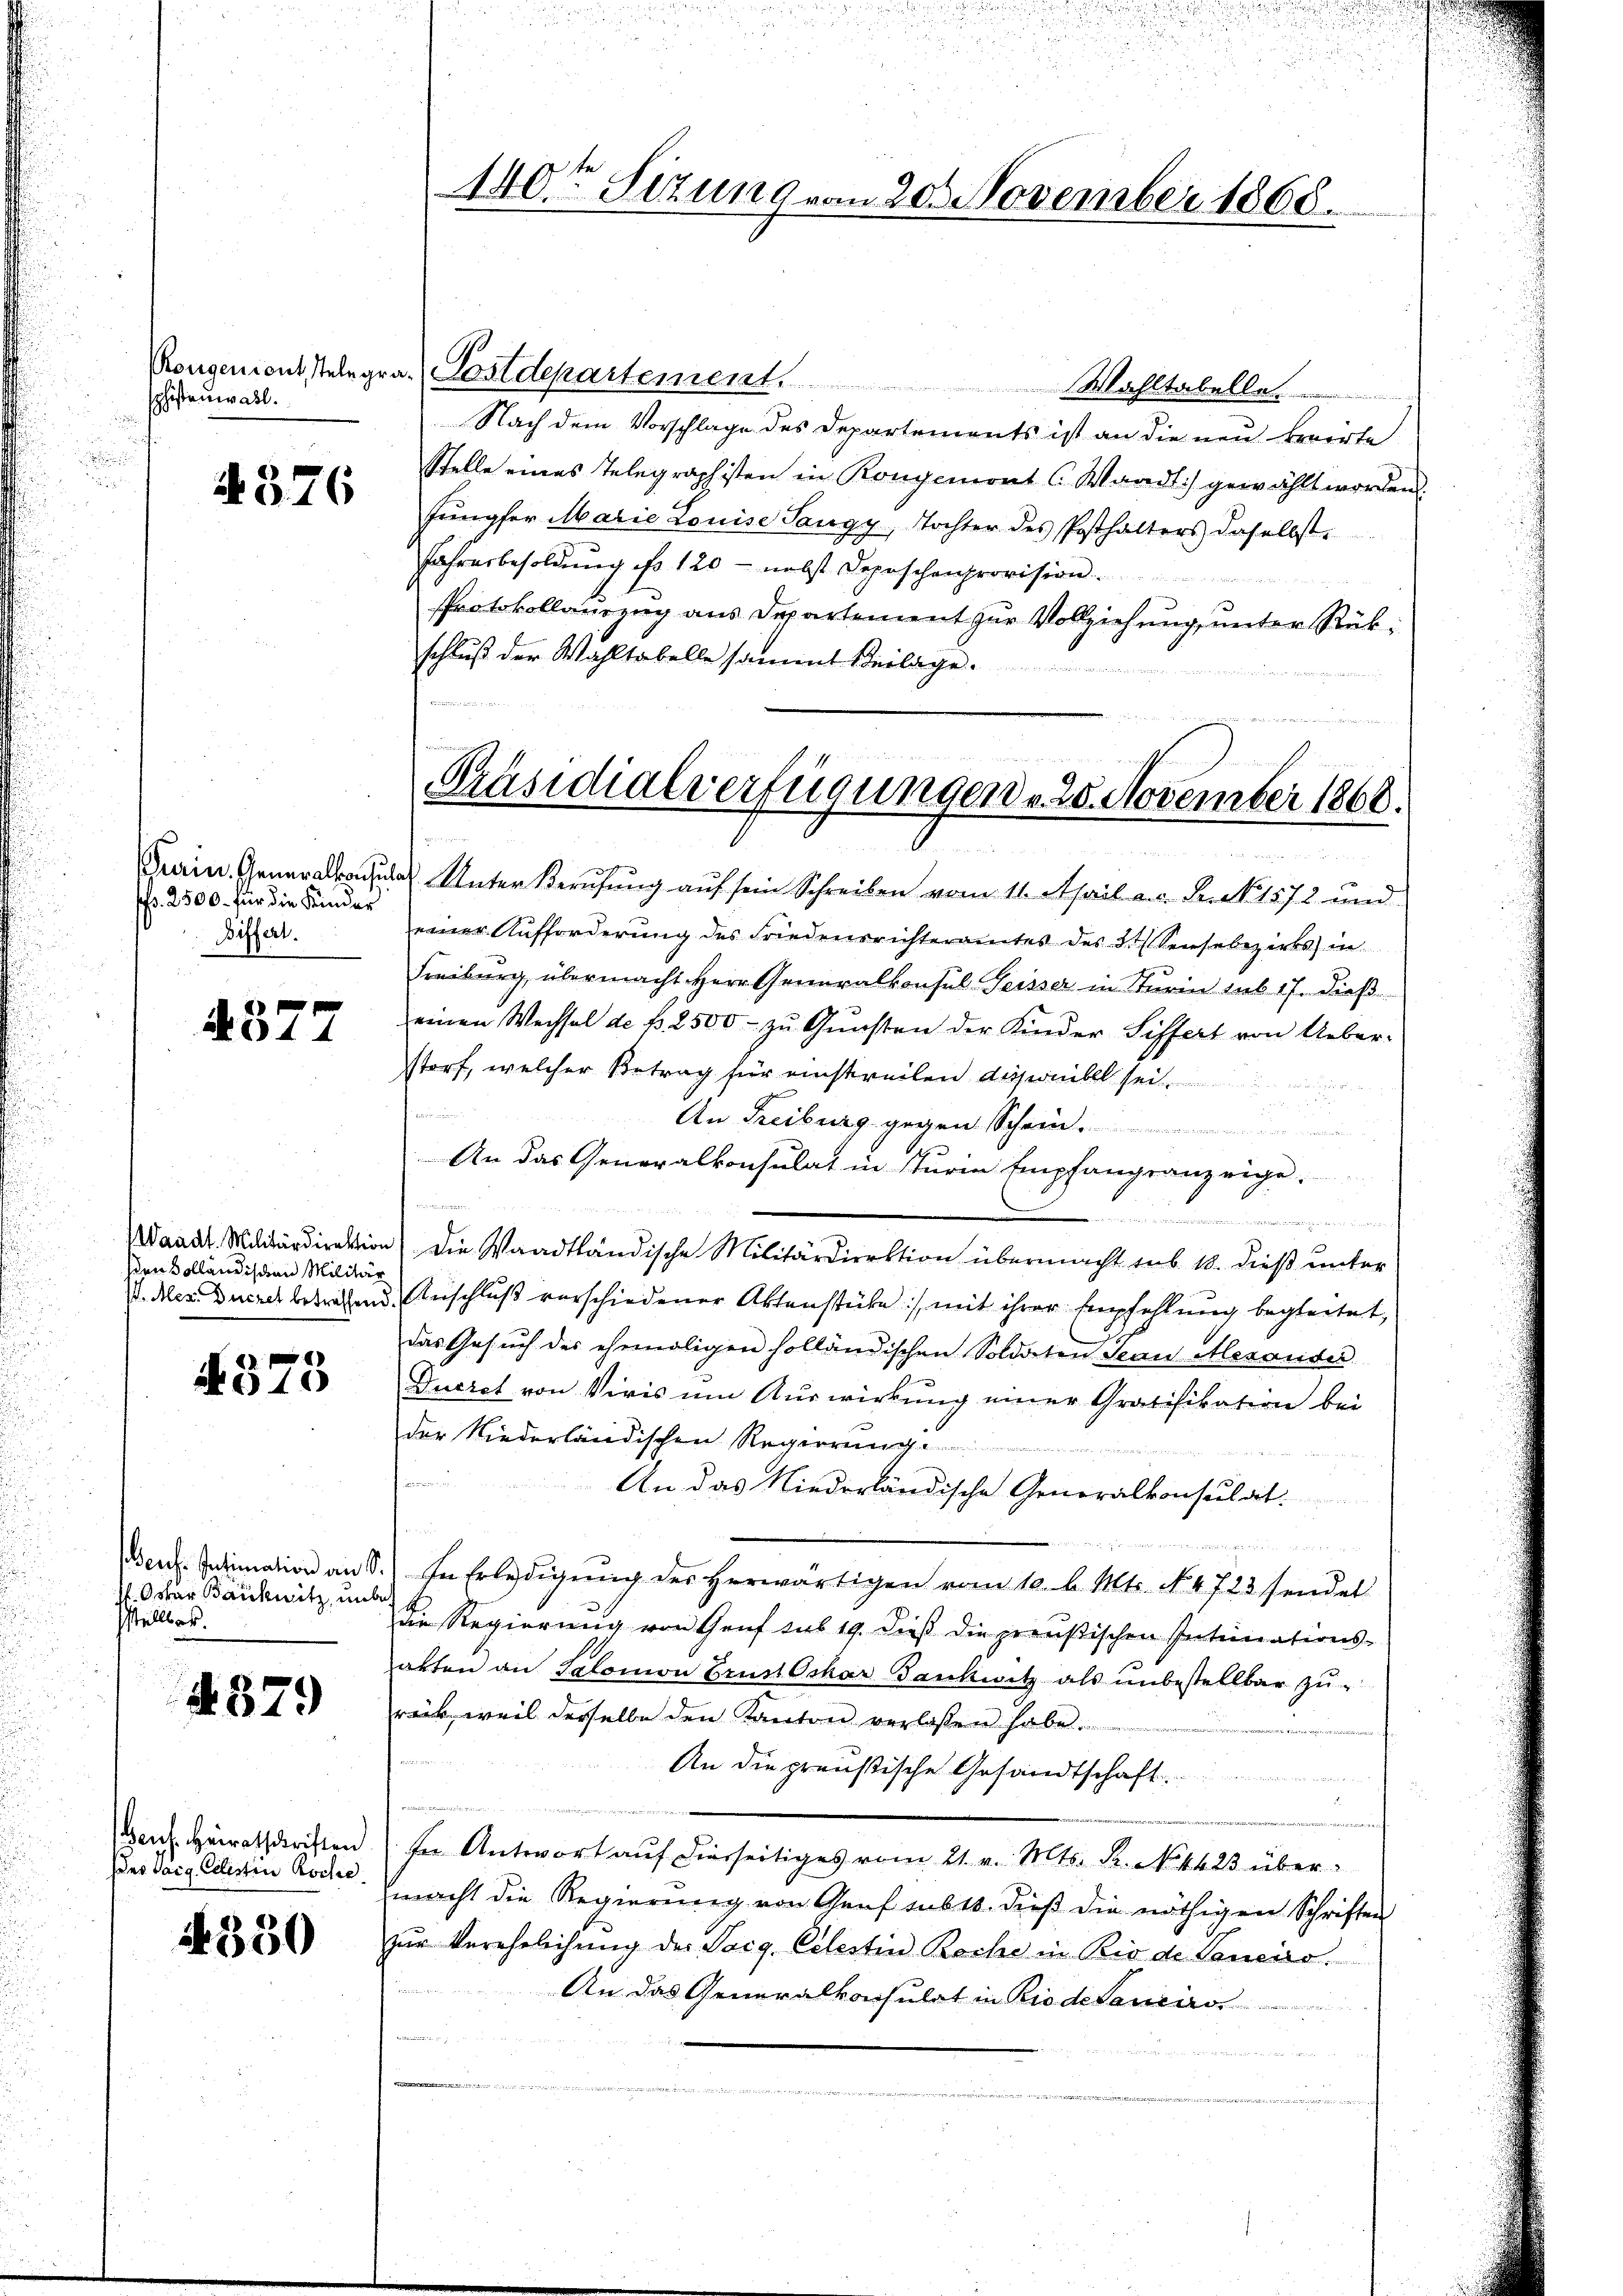
sphistenwall.

4376

Pfr. 2500. für die Kinder
Biffert.

4377

hen Kolländischen Militär

§375

f. Oskar Bauknitz, unbesstellbar.

4379

ens. Heiratschriften
Des Haig Celestin Roche

A 350

140te Sizung von 20. November 1868.

Rongenientstelegra Postdepartement. Wahltabella
Nach dem Vorschlage des Departements ist an die neu berirte
Stelle eines Telegraphisten in Rongemont C. Waadt) gewählt worden.
Jŭngfer Marie Louise Tangy, Tochter des Posthalters daselbst.
Jahresbesoldung so 120 - nebst Deposchenprovision
Protokollauszug aus Departement zur Vollziehung unter Rükschluß der Wahltabelle sammt Beilage.

Präsidialverfügungen u. 25. November 1868.
e

Grain Unter Berufung auf sein Schreiben vom 11. April a. c. S. 1572 und
einer Aufforderung des Friedensrichteramtes des 5. Sensebezirks in
Freiburg, übermacht Herr Generalkonsul Seisser in Turin sub 17. dieß
einen Wechsel de f. 2500 zŭ Gŭnsten der Kinder Siffert von Ueber-
storf, welcher Betrag für einstweilen dieserbel sei.
25 zu ze
An Freiburg gegen Schein
An das Generalkonsulat in Sturie Empfangsanzeige.
Waadt. Militärdirektion) die Waadtländische Militärdirektion übermacht sub. 10. dieß unter
V. Mers. Durch betreffend Anschluß verschiedener Aktenstüke :/ mit ihrer Empfehlung begleitet,
das Gesuch des ehemaligen holländischen Soldaten Jean Alexander
Ducret von Viris um Auswirkung einer Gratifikation bei
der Niederländischen Regierung
An das Niederländische Generalkonsulat
da
Benz. Intimation an S. In Erledigung des herwärtigen vom 10. b. Mts. N. 4723 sendet
die Regierung von Genf sub 19. dieß die preußischen Intimations-
arten an Salomon Grün Ochar Dankwitz als ŭnbestellbar zŭ-
rück, weil derselbe den Kanton verlassen habe.
An die preußische Gesandtschaft
rnunf
In Antwort auf hierseitiges vom 21. v. Mts. S. N. 4423 übermacht die Regierung von Genf sub 14. dieß die nöthigen Schriften
zŭr Verehelichŭng des Sarg. Celestin Roche in Bis de Saneiro
An das Generalkonsulat in Rio delancirs

dette Mit Heute

unden innerein